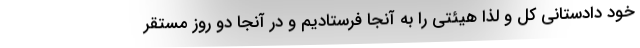
خود دادستانی کل و لذا هیئتی را به آنجا فرستادیم و در آنجا دو روز مستقر